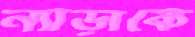
ন্যাড়াকে